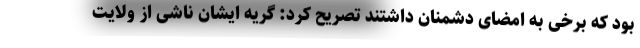
بود که برخی به امضای دشمنان داشتند تصریح کرد: گریه ایشان ناشی از ولایت